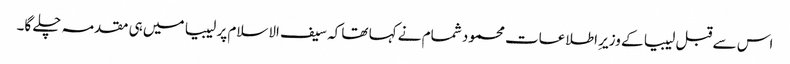
اس سے قبل لیبیا کے وزیرِ اطلاعات محمود شمام نے کہا تھا کہ سیف الاسلام پر لیبیا میں ہی مقدمہ چلے گا۔